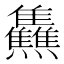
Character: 𤓬